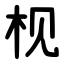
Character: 枧